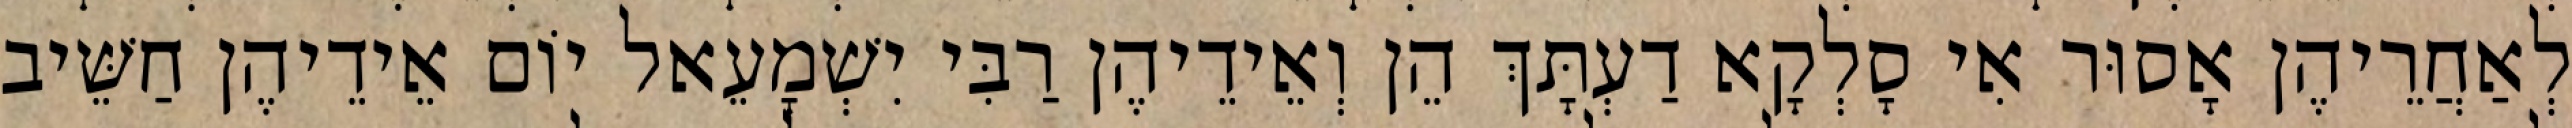
לְאַחֲרֵיהֶן אָסוּר אִי סָלְקָא דַעְתָּךְ הֵן וְאֵידֵיהֶן רַבִּי יִשְׁמָעֵאל יוֹם אֵידֵיהֶן חַשֵּׁיב